Sanitation, dispensaries and jails vaccination Rajputana 1922-1927 - 1922-1927
Year: 1922
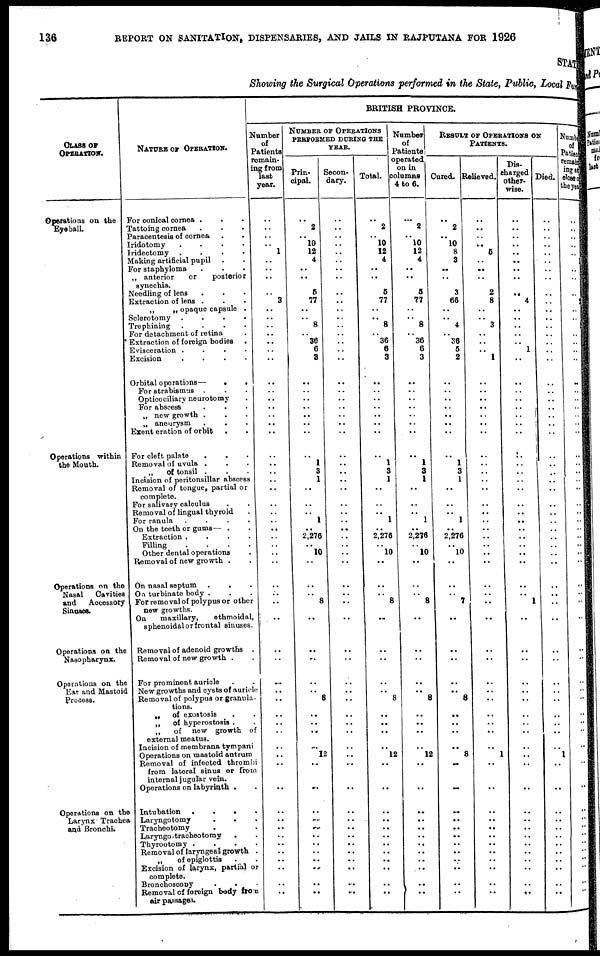
136
REPORT ON SANITATION, DISPENSARIES, AND JAILS IN RAJPUTANA FOR 1926
STATE
Showing the Surgical Operations performed in the State, Public, Local Fund
CLASS OF
OPERATION.
Operations on the
Eyeball.
Operations within
the Mouth.
Operations on the
Nasal
Cavities
and
Accessory
Sinuses.
Operations on the
Nasopharynx.
Operations on the
Ear and Mastoid
Process.
Operations on the
Larynx Trachea
and Bronchi.
NATURE OF OPERATION.
For conical cornea . . .
Tattoing cornea . . .
Paracentesis of cornea . .
Iridotomy
.
.
.
.
Iridectomy .
.
.
.
Making artificial pupil . .
For staphyloma . . .
„ anterior
or
posterior
synechia.
Needling of lens . . .
Extraction of lens . . .
„
„ opaque capsule .
Sclerotomy .
.
.
.
Trephining
.
.
.
.
For detachment of retina .
Extraction of foreign bodies .
Evisceration .
.
.
.
Excision
.
.
.
.
Orbital operations—
.
.
For strabismus . . .
Opticociliary neurotomy .
For abscess . . .
„ new growth . . .
„ aneurysm . . .
Exent eration of orbit
. .
For cleft palate
.
. .
Removal of uvula . . .
„
of tonsil . . .
Incision of peritonsillar abscess
Removal of tongue, partial or
complete.
For salivary calculus . .
Removal of lingual thyroid .
For ranula
.
.
.
.
On the teeth or gums— . .
Extraction .
.
.
.
Filling
.
.
.
.
Other dental operations .
Removal of new growth .
On nasal septum .
. .
On turbinate body . . .
For removal of polypus or other
new growths.
On
maxillary,
ethmoidal,
sphenoidal or frontal sinuses.
Removal of adenoid growths .
Removal of new growth . .
For prominent auricle . .
New growths and cysts of auricle
Removal of polypus or granula-
tions.
„
of exostosis . .
„
of hyperostoais . .
„
of new growth of
external meatus.
Incision of membrana tympani
Operations on mastoid antrum
Removal of infected thrombi
from lateral sinus or from
internal jugular vein.
Operations on labyrinth . .
Intubation
.
.
. .
Laryngotomy
.
. .
Tracheotomy . .
Laryngo -tracheotomy
. .
Thyrootomy . . . .
Removal of laryngeal growth .
„
of epiglottis . .
Excision of larynx, partial or
complete.
Bronchoscooy . . .
Removal of foreign body from
air passages.
BRITISH PROVINCE.
Number
of
Patients
remain-
ing from
last
year.
..
..
..
..
1
..
..
..
..
3
..
..
..
..
..
..
..
..
..
..
..
..
..
..
..
..
..
..
..
..
..
..
..
..
..
..
..
..
..
..
..
..
..
..
..
..
..
..
..
..
..
..
..
..
..
..
..
..
..
..
..
..
..
NUMBER OF OPERATIONS
PERFORMED DURING THE
YEAR.
Prin-
cipal.
..
2
..
10
12
4
..
..
5
77
..
..
8
..
36
6
3
..
..
..
..
..
..
..
..
1
3
1
..
..
..
1
..
2,276
.. 10
..
..
..
8
..
..
..
..
..
8
..
..
..
..
12
..
..
..
..
..
..
..
..
..
..
..
..
Secon-
dary.
..
..
..
..
..
..
..
..
..
..
..
..
..
..
..
..
..
..
..
..
..
..
..
..
..
..
..
..
..
..
..
..
..
..
..
..
..
..
..
..
.
..
..
..
..
..
..
..
..
..
..
..
..
..
..
..
..
..
..
..
..
..
..
Total.
..
2
..
10
12
4
..
..
5
77
..
..
8
..
36
6
3
..
..
..
..
..
..
..
..
1
3
1
..
..
..
1
..
2,276
..
10
..
..
..
8
..
..
..
..
..
8
..
..
..
..
12
..
..
..
..
..
..
..
..
..
..
..
..
Number
of
Patients
operated
on in
columns
4 to 6.
..
2
..
10
12
4
..
..
5
77
..
..
8
..
36
6
3
..
..
..
..
..
..
..
..
1
3
1
..
..
..
1
..
2,276
..
10
..
..
..
8
..
..
..
..
..
8
..
..
..
..
12
..
..
..
..
..
..
..
..
..
..
..
..
RESULT OF OPERATIONS ON
PATIENTS.
Cured.
..
2
..
10
8
3
..
..
3
66
..
..
4
..
36
5
2
..
..
..
..
..
..
..
..
1
3
1
..
..
..
1
..
2,276
..
10
..
..
..
7
..
..
..
..
..
8
..
..
..
..
8
..
..
..
..
..
..
..
..
..
..
..
..
Relieved.
..
..
..
..
5
..
..
..
2
8
..
..
3
..
..
..
1
..
..
..
..
..
..
..
..
..
..
..
..
..
..
..
..
..
..
..
..
..
..
..
..
..
..
..
..
..
..
..
..
..
1
..
..
..
..
..
..
..
..
..
..
..
..
Dis¬
charged
other-
wise.
..
..
..
..
..
..
..
..
..
4
..
..
..
..
..
1
..
..
..
..
..
..
..
..
..
..
..
..
..
..
..
..
..
..
.. ..
..
..
..
1
..
..
..
..
..
..
..
..
..
..
..
..
..
..
..
..
..
..
..
..
. .
..
..
Died.
..
..
..
..
..
..
..
..
..
..
..
..
..
..
..
.. ..
..
..
..
..
..
..
..
..
..
..
..
..
..
..
..
..
..
..
..
..
..
..
..
..
..
..
..
..
..
..
..
..
..
1
..
..
..
..
..
..
..
..
..
..
..
..
Number
of
Patient
remain¬
ing at
close of
the year
..
..
..
..
..
..
..
..
..
..
2
..
..
..
..
..
..
..
..
..
..
..
..
..
..
..
..
..
..
..
..
..
..
..
..
..
..
..
..
..
..
..
..
..
..
..
..
..
..
..
..
..
..
..
..
..
..
..
..
..
..
..
..